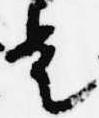
是